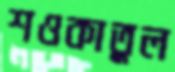
শওকাতুল